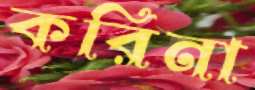
করিনা